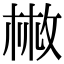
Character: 𢽳